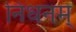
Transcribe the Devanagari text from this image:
निधनम्